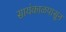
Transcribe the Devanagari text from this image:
सायंकाळपासून